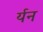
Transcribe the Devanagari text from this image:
र्यन